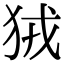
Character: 狨